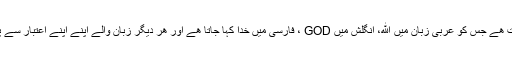
وہ کونسی ذات ھے جس کو عربی زبان میں الله، انگلش میں GOD ، فارسی میں خدا کہا جاتا ھے اور ھر دیگر زبان والے اپنے اپنے اعتبار سے پکارتے ھیں؟